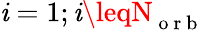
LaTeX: \mathit{i}=1;\mathit{i}\leqN_{\mathrm{{~o~r~b~}}}